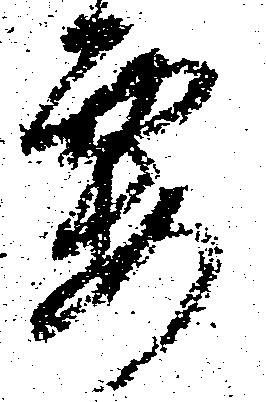
要